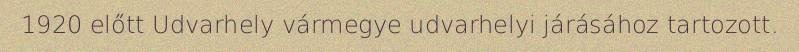
1920 előtt Udvarhely vármegye udvarhelyi járásához tartozott.